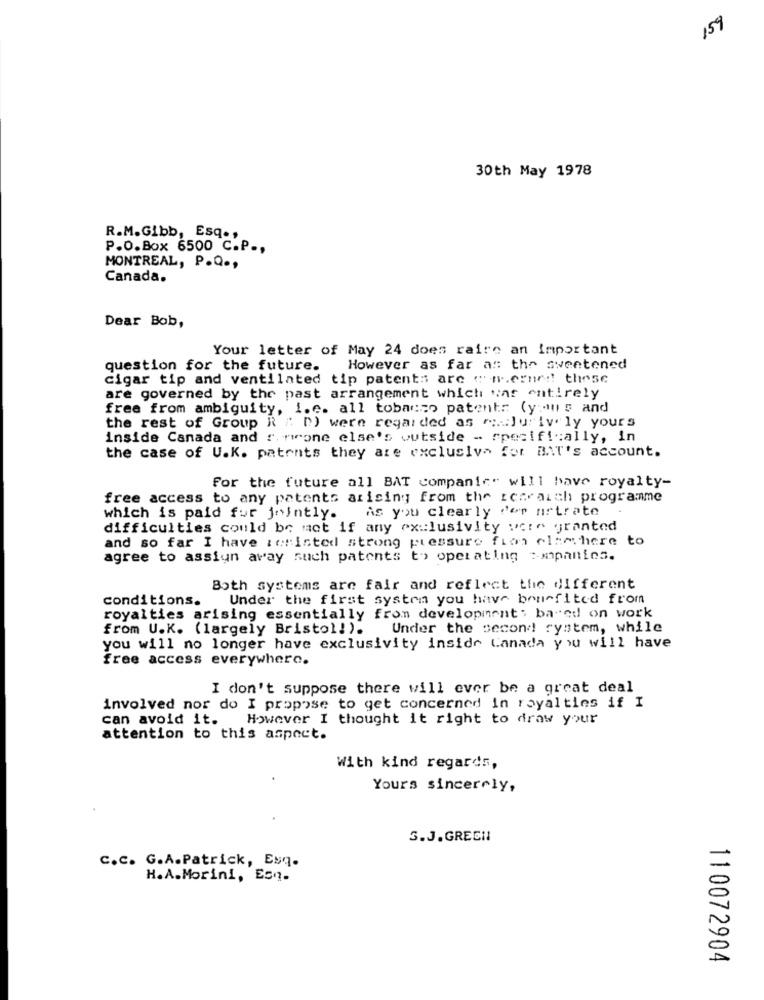
159
30th May 1978
R.M.Gibb, Esq .,
P.O.Box 6500 C.P .,
MONTREAL, P.O .,
Canada.
Dear Bob,
Your letter of May 24 does raire an important
question for the future.
However as far as the sweetened
cigar tip and ventilated tip patents are ( w.erne !! these
are governed by the past arrangement which was entirely
free from ambiguity, i.e. all tobacco patent: (y ans and
the rest of Group R ": D) were regarded as " Juriv ly yours
inside Canada and r. mione else's outside - specifically, in
the case of U.K. patents they are exclusiva for BAT's account.
For the future all BAT companies will have royalty-
free access to any patents arising from the renraich programme
As you clearly for nrtrate
which is paid for jointly.
difficulties could be mot if any exclusivity were granted
and so far I have :cristed strong pressure fios elsewhere to
agree to assiun away such patents to operating :- mipanties.
Both systems are fair and reflect the different
conditions.
Under the first systra you have benefited from
royalties arising essentially from development; ba"ed on work
from U.K. (largely Bristol!). Under the second system, while
you will no longer have exclusivity inside Canada you will have
free access everywhere.
I don't suppose there will ever be a great deal
involved nor do I propose to get concerned In royalties if I
can avoid it. However I thought it right to draw your
attention to this aspect.
With kind regards,
Yours sincerely,
3.J.GRECH
C.C. G.A.Patrick, Esq.
H.A.Morini, Esq.
110072904